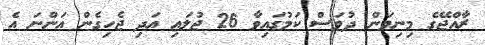
ރާއްޖޭގެ މިނިވަން ދުވަސް ކަމުގައިވާ 26 ޖުލައި އަދި ޖެހިގެން އަންނަ އެ